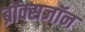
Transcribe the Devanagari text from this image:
ब्रोंक्सजॉन